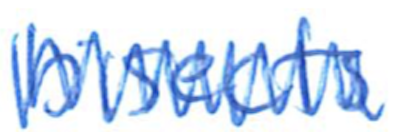
Text: bisects
Cross-out: zig-zag
Writing tool: ballpoint